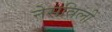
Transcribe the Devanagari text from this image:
नेसविलीं